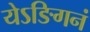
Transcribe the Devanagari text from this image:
येऽङिगनं